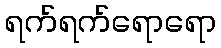
ရက်ရက်ရောရော